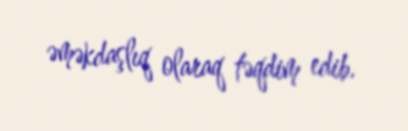
əməkdaşlıq olaraq təqdim edib.